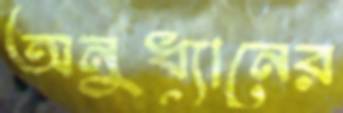
অনুধ্যানের